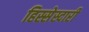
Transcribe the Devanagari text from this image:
हिस्सेस्दारी